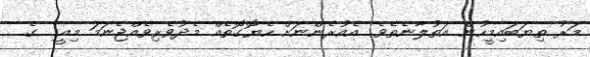
މަރު ތިޔަބައިމީހުން އަތުލާނެތެވެ. އެއުރެންނަށް ހެޔޮގޮތެއް މެދުވެރިވެއްޖެނަމަ މިއީ  ގެ